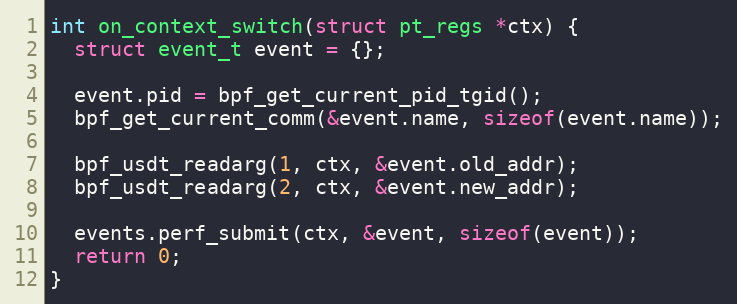
Language: C++
int on_context_switch(struct pt_regs *ctx) {
  struct event_t event = {};

  event.pid = bpf_get_current_pid_tgid();
  bpf_get_current_comm(&event.name, sizeof(event.name));

  bpf_usdt_readarg(1, ctx, &event.old_addr);
  bpf_usdt_readarg(2, ctx, &event.new_addr);

  events.perf_submit(ctx, &event, sizeof(event));
  return 0;
}